Scottish Leaving Certificate Examination, 1953
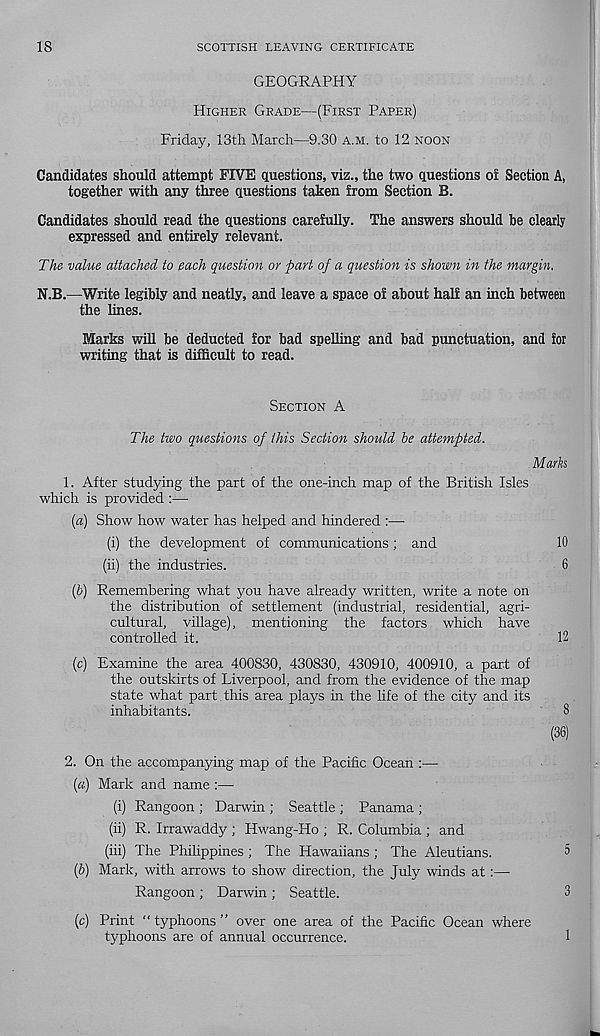
18
SCOTTISH LEAVING CERTIFICATE
GEOGRAPHY
HIGHER GRADE—(FIRST PAPER)
Friday, 13th March—9.30 A.M. to 12 NOON
Candidates should attempt FIVE questions, viz., the two questions oi Section A,
together with any three questions taken from Section B.
Candidates should read the questions carefully. The answers should he clearly
expressed and entirely relevant.
The value attached, to each question or part of a question is shown in the margin,
N.B.—Write legibly and neatly, and leave a space of about half an inch between
the lines.
Marks will be deducted for bad spelling and bad punctuation, and for
writing that is difficult to read.
SECTION A
The two questions of this Section should be attempted.
Marks
1. After studying the part of the one-inch map of the British Isles
which is provided :—•
(a) Show how water has helped and hindered :—■
(i) the development of communications ; and
10
(ii) the industries.
6
(b) Remembering what you have already written, write a note on
the distribution of settlement (industrial, residential, agri-
cultural, village), mentioning the factors which have
controlled it.
12
(e) Examine the area 400830, 430830, 430910, 400910, a part of
the outskirts of Liverpool, and from the evidence of the map
state what part this area plays in the life of the city and its
inhabitants.
8
(36)
2. On the accompanying map of the Pacific Ocean :—
(a) Mark and name :—
(i) Rangoon ; Darwin ; Seattle ; Panama ;
(ii) R. Irrawaddy ; Hwang-Ho ; R. Columbia ; and
(hi) The Philippines ; The Hawaiians ; The Aleutians.
5
(b) Mark, with arrows to show direction, the July winds at:—
Rangoon ; Darwin ; Seattle.
3
(c) Print “ typhoons ” over one area of the Pacific Ocean where
typhoons are of annual occurrence.
1